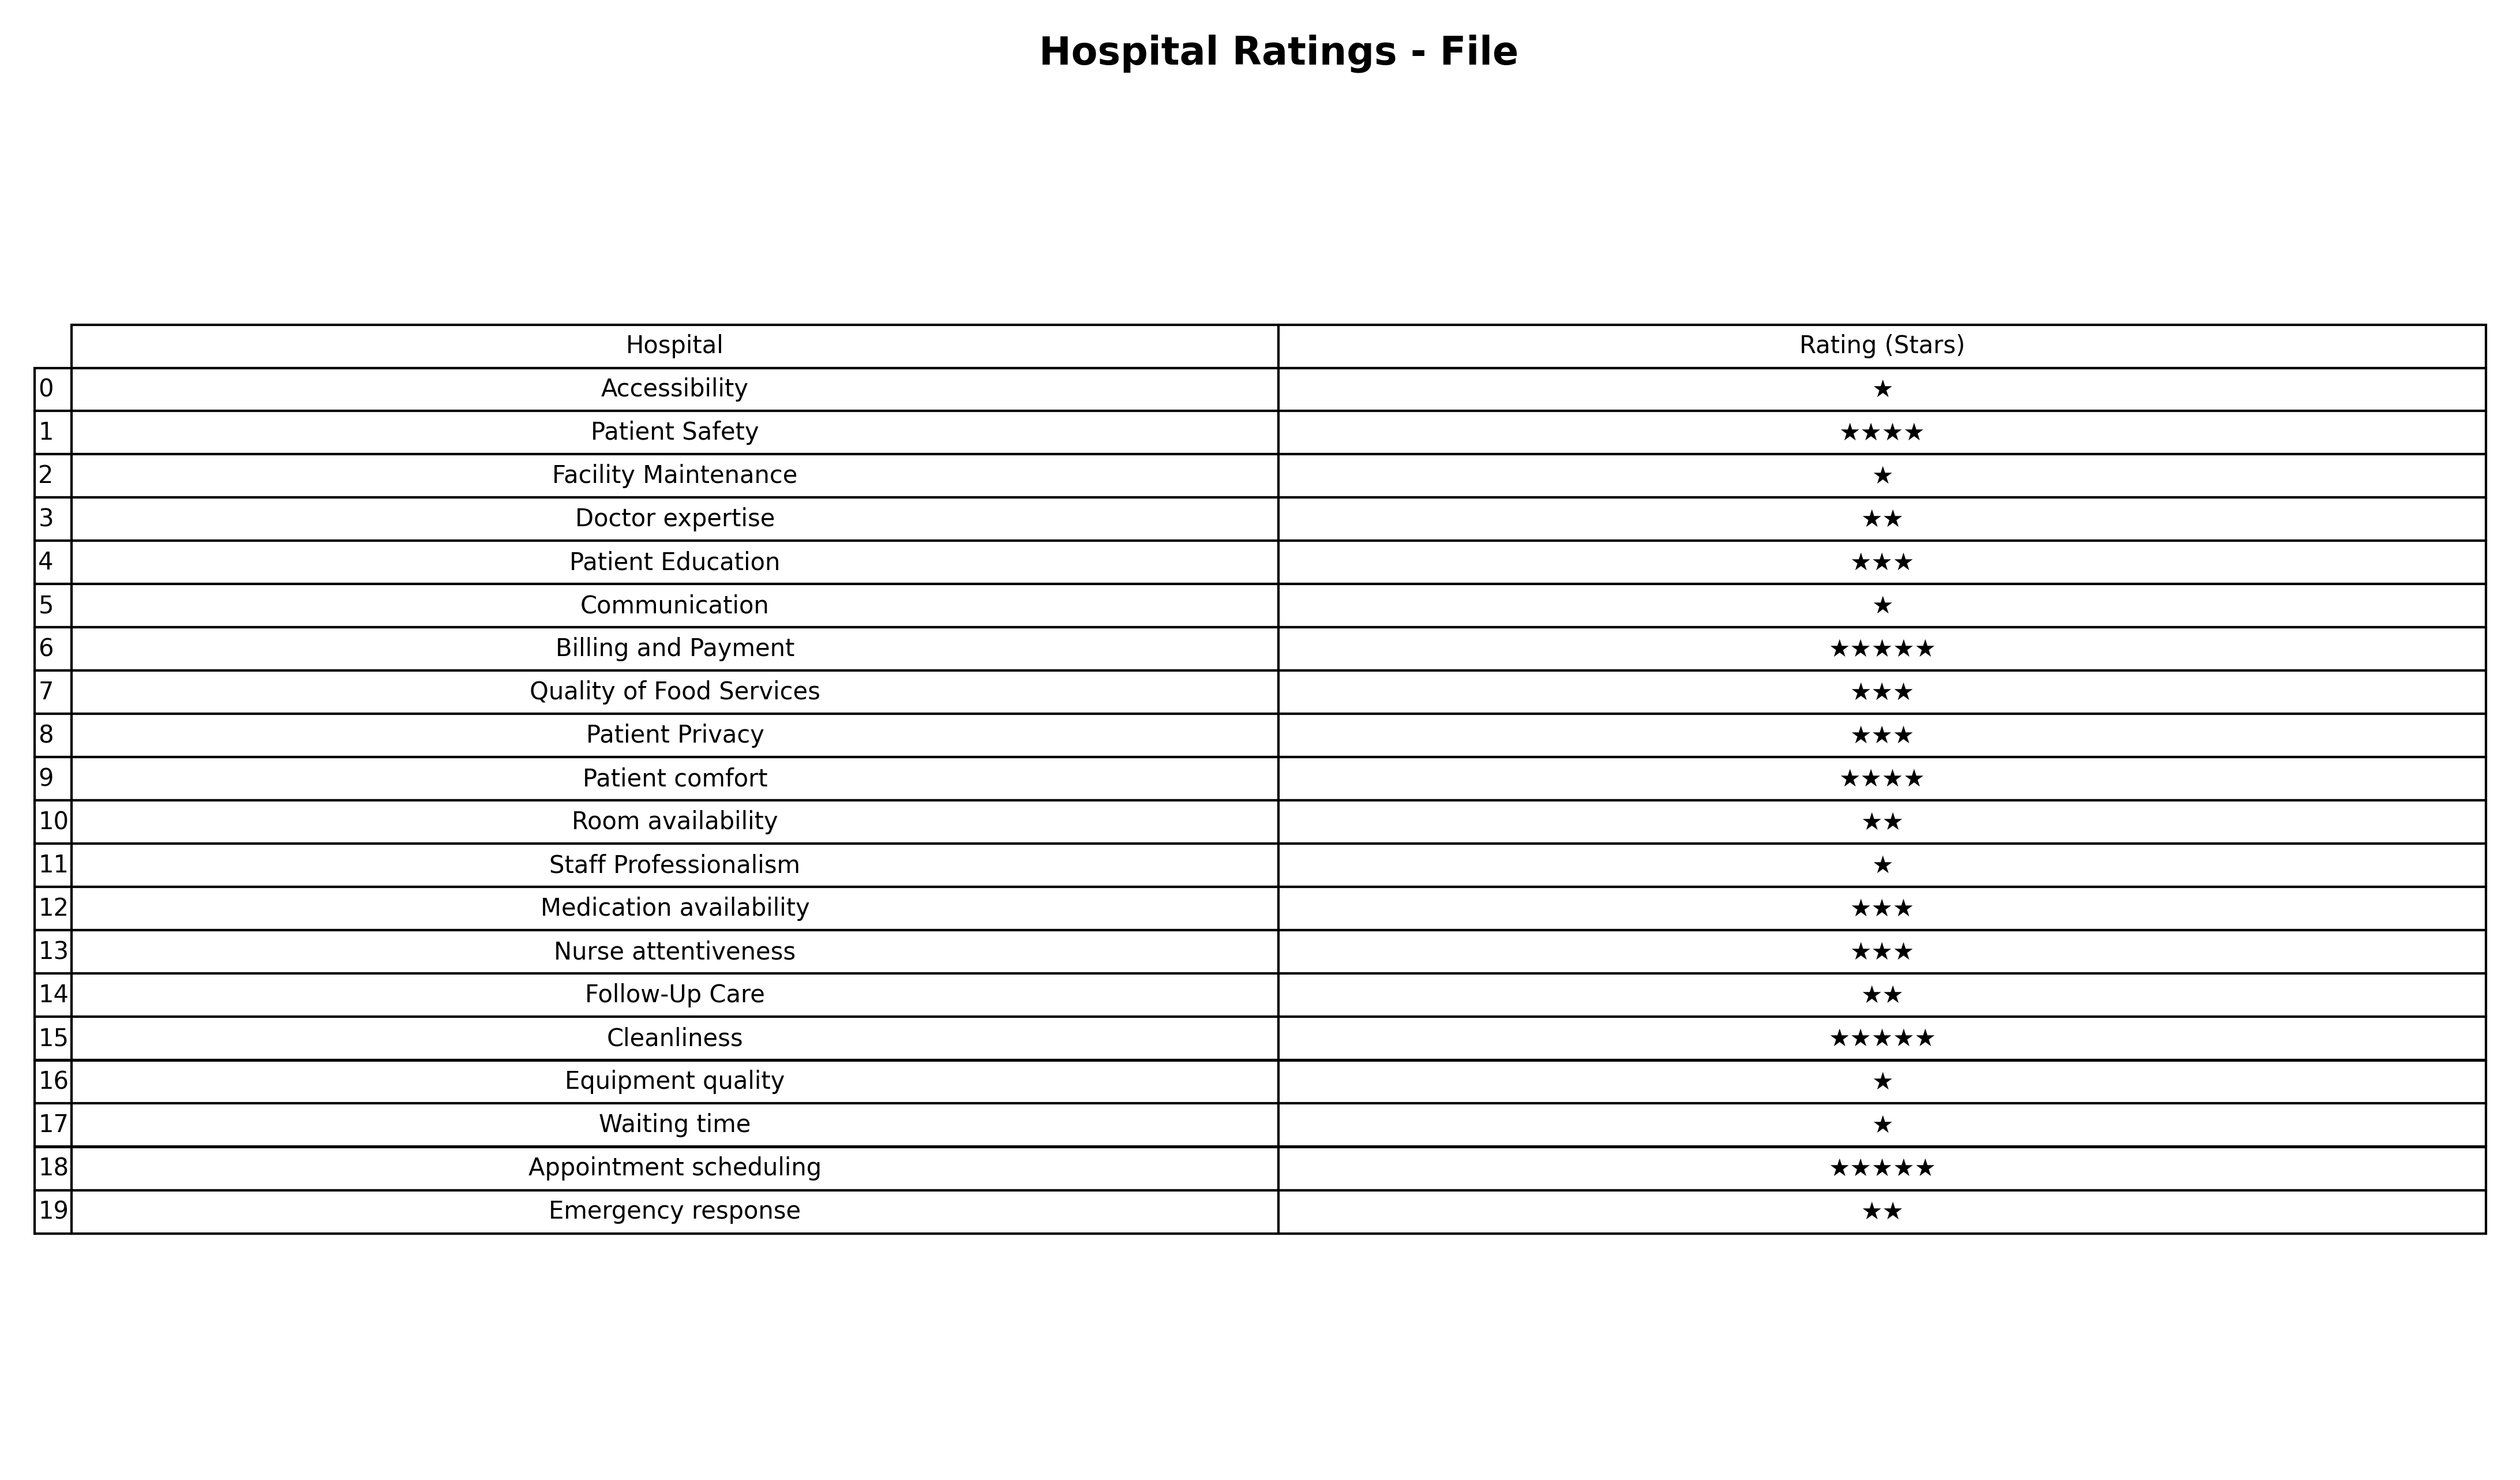
question: What are five star services?
answer: Billing and PaymentCleanlinessAppointment scheduling